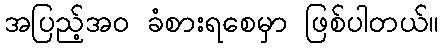
အပြည့်အဝ ခံစားရစေမှာ ဖြစ်ပါတယ်။